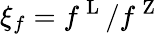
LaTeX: \xi_{f}=f^{\mathrm{~L~}}/f^{\mathrm{~Z~}}